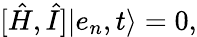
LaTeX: [\hat{H},\hat{I}]\vert e_{n},t\rangle=0,